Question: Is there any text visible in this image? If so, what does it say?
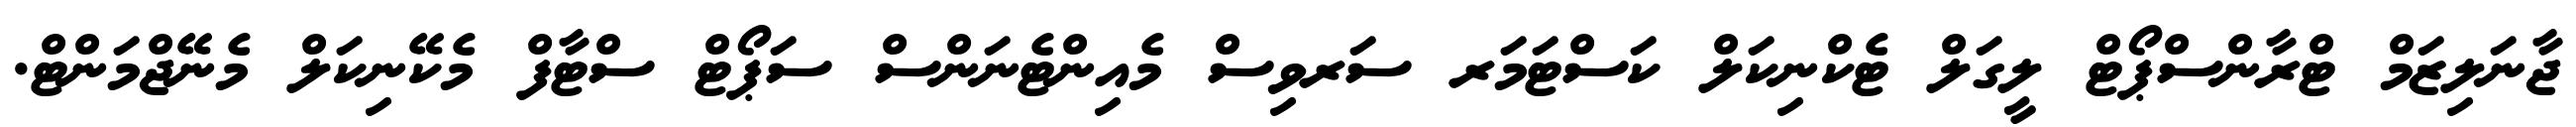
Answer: ޖާނަލިޒަމް ޓްރާންސްޕޯޓް ލީގަލް ޓެކްނިކަލް ކަސްޓަމަރ ސަރވިސް މެއިންޓެނަންސް ސަޕޯޓް ސްޓާފް މެކޭނިކަލް މެނޭޖްމަންޓް.